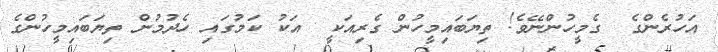
އަހުރެންގެ  ގެމީހުންނޭވެ! ތިޔަބައިމީހުން ގެރިއަކީ  އަކު ކަމުގައި ހެދުމުން ތިޔަބައިމީހުންގެ